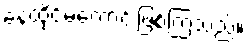
နေထိုင်မကောင်းဖြစ်ကြသည်။